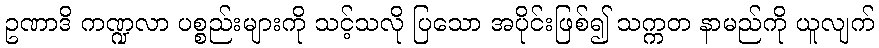
ဥဏာဒိ ကဏ္ဍလာ ပစ္စည်းများကို သင့်သလို ပြသော အပိုင်းဖြစ်၍ သက္ကတ နာမည်ကို ယူလျက်